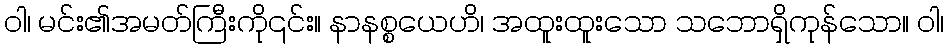
ဝါ၊ မင်း၏အမတ်ကြီးကို၎င်း။ နာနစ္စယေဟိ၊ အထူးထူးသော သဘောရှိကုန်သော။ ဝါ၊